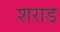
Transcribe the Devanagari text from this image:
शराड